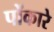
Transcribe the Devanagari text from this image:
पोंकारे